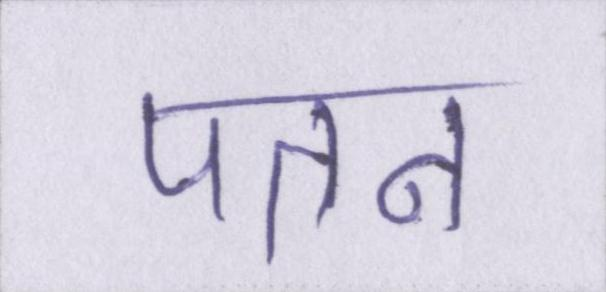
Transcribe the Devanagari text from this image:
पतन